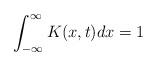
LaTeX: \begin{align*}\int_{-\infty}^{\infty} K(x,t)dx=1 \end{align*}